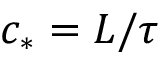
c _ { * } = L / \tau